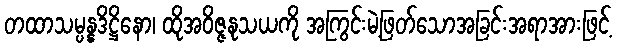
တထာသမ္ပန္နဒိဋ္ဌိနော၊ ထိုအဝိဇ္ဇနုသယကို အကြွင်းမဲ့ဖြတ်သောအခြင်းအရာအားဖြင့်